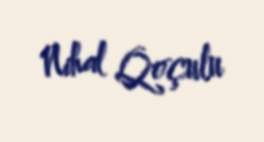
Nihal Qoçulu